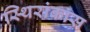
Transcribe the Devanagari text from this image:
स्थिरांकास